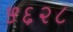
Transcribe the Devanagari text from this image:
५६२८